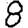
Digit: 8